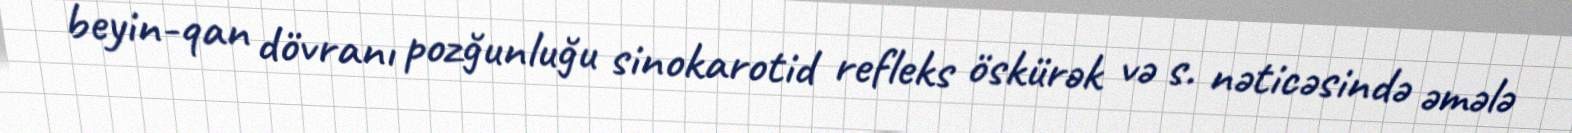
beyin-qan dövranı pozğunluğu sinokarotid refleks öskürək və s. nəticəsində əmələ